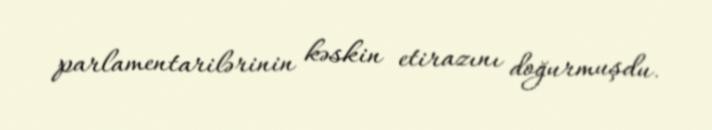
parlamentarilərinin kəskin etirazını doğurmuşdu.